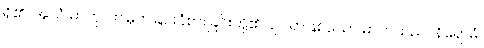
ရှိ၏။ အယံ ဓာတု၊ ဤမှတ်ခြင်းခံစားခြင်းတို့၏ ချုပ်ရာဖြစ်သော ဓာတ်သည်။ နိရောဓံ၊